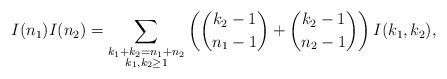
LaTeX: \begin{align*}I(n_1)I(n_2)=\sum_{\substack{k_1+k_2=n_1+n_2\\k_1,k_2\ge1}} \left(\binom{k_2-1}{n_1-1}+\binom{k_2-1}{n_2-1}\right) I(k_1,k_2),\end{align*}